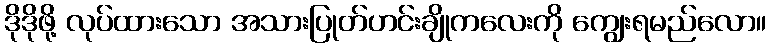
ဒိုဒိုဖို့ လုပ်ထားသော အသားပြုတ်ဟင်းချိုကလေးကို ကျွေးရမည်လော။